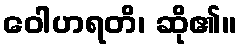
ဝေါဟရတိ၊ ဆို၏။